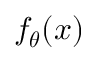
f _ { \boldsymbol { \theta } } ( \boldsymbol { x } )